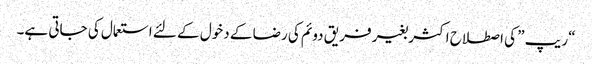
“ریپ ” کی اصطلاح اکثر بغیر فریق دوئم کی رضا کے دخول کے لئے استعمال کی جاتی ہے۔